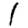
Digit: 1